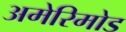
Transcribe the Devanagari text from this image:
अमेरिमोड